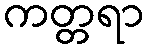
ကတ္တရာ